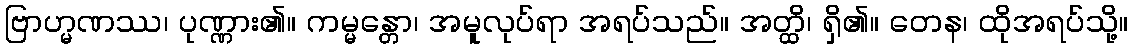
ဗြာဟ္မဏဿ၊ ပုဏ္ဏား၏။ ကမ္မန္တော၊ အမူလုပ်ရာ အရပ်သည်။ အတ္ထိ၊ ရှိ၏။ တေန၊ ထိုအရပ်သို့။